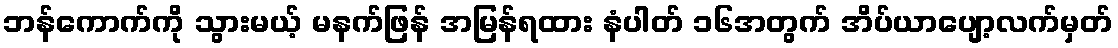
ဘန်ကောက်ကို သွားမယ့် မနက်ဖြန် အမြန်ရထား နံပါတ် ၁၆အတွက် အိပ်ယာပျော့လက်မှတ်